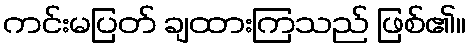
ကင်းမပြတ် ချထားကြသည် ဖြစ်၏။